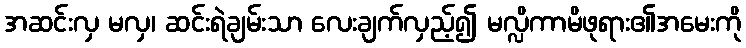
အဆင်းလှ မလှ၊ ဆင်းရဲချမ်းသာ လေးချက်လှည့်၍ မလ္လိကာမိဖုရား၏အမေးကို